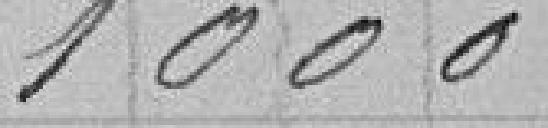
1 000